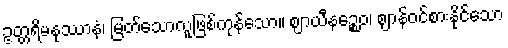
ဥတ္တရိမနုဿာနံ၊ မြတ်သောလူဖြစ်ကုန်သော။ ဈာယီနဉ္စေဝ၊ ဈာန်ဝင်စားနိုင်သော